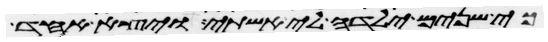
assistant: כי שנים ילדה לי אשתי ויצא האחד